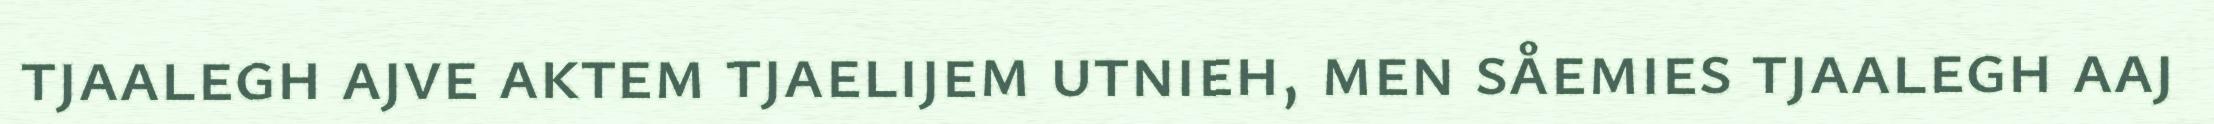
tjaalegh ajve aktem tjaelijem utnieh, men såemies tjaalegh aaj